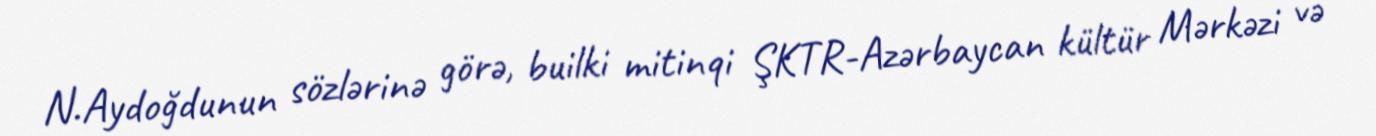
N.Aydoğdunun sözlərinə görə, builki mitinqi ŞKTR-Azərbaycan kültür Mərkəzi və